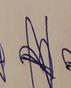
Signature authenticity: forged